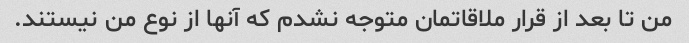
من تا بعد از قرار ملاقاتمان متوجه نشدم که آنها از نوع من نیستند.